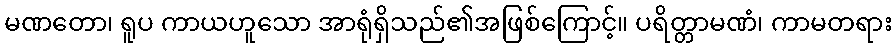
မဏတော၊ ရူပ ကာယဟူသော အာရုံရှိသည်၏အဖြစ်ကြောင့်။ ပရိတ္တာမဏံ၊ ကာမတရား